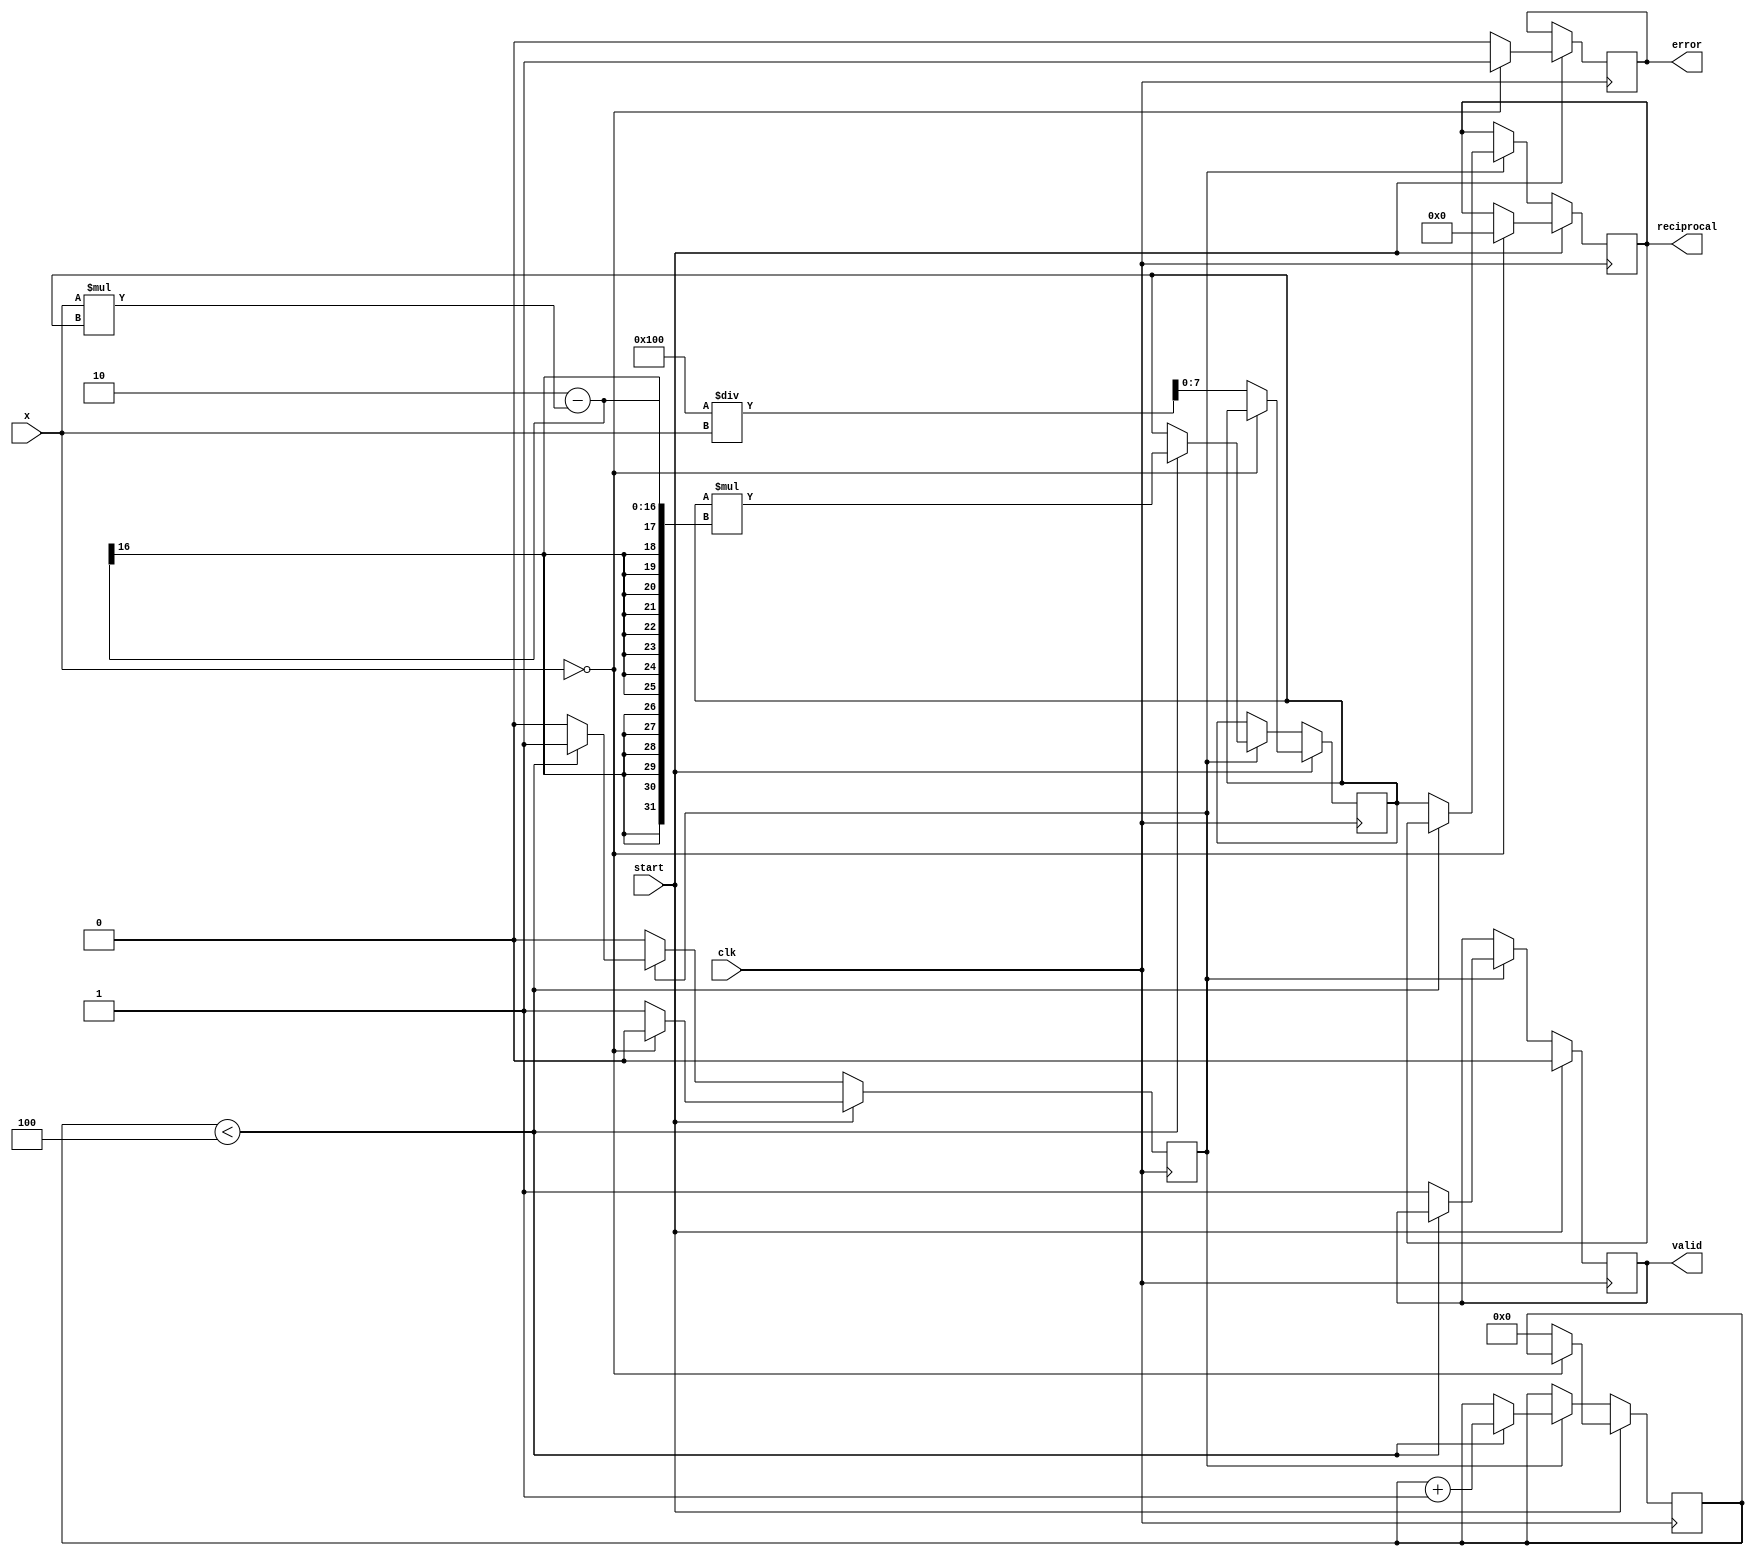
module binary_fractional_reciprocal #(parameter N = 8) (
    input  wire                 clk,
    input  wire                 start,
    input  wire [N-1:0]        x,       // Input signal (binary fractional)
    output reg  [N-1:0]        reciprocal, // Output signal (binary fractional)
    output reg                 valid,    // Indicates valid output
    output reg                 error     // Indicates an error
);
    
    reg [N-1:0]  estimate;           // Current estimate for reciprocal
    reg [3:0]    iteration_count;     // Counter for Newton-Raphson iterations
    reg          busy;                // Busy signal for state machine

    // Error checking for zero input
    always @(posedge clk) begin
        if (start) begin
            if (x == 0) begin
                error <= 1;
                valid <= 0;
                reciprocal <= 0;
                busy <= 0;
            end else begin
                error <= 0;
                valid <= 0;
                estimate <= (1 << N) / x; // Initial estimate: 1/x (scaled)
                iteration_count <= 0;
                busy <= 1;
            end
        end
        // Compute reciprocal using Newton-Raphson method
        else if (busy) begin
            if (iteration_count < 4) begin  // Limit to 4 iterations
                // Newton-Raphson iteration: estimate = estimate * (2 - x * estimate)
                estimate <= estimate * (2 - x * estimate);
                iteration_count <= iteration_count + 1;
            end else begin
                reciprocal <= estimate[N-1:0]; // Truncate to N bits
                valid <= 1; // Set valid once done
                busy <= 0; // Reset busy signal
            end
        end
    end
endmodule